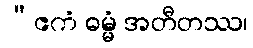
“ဧကံ ဓမ္မံ အတီတဿ၊